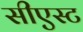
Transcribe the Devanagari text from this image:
सीएस्ट